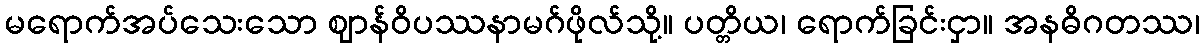
မရောက်အပ်သေးသော ဈာန်ဝိပဿနာမဂ်ဖိုလ်သို့။ ပတ္တိယ၊ ရောက်ခြင်းငှာ။ အနဓိဂတဿ၊